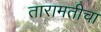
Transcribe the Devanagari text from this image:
तारामतीचा